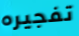
تفجيره